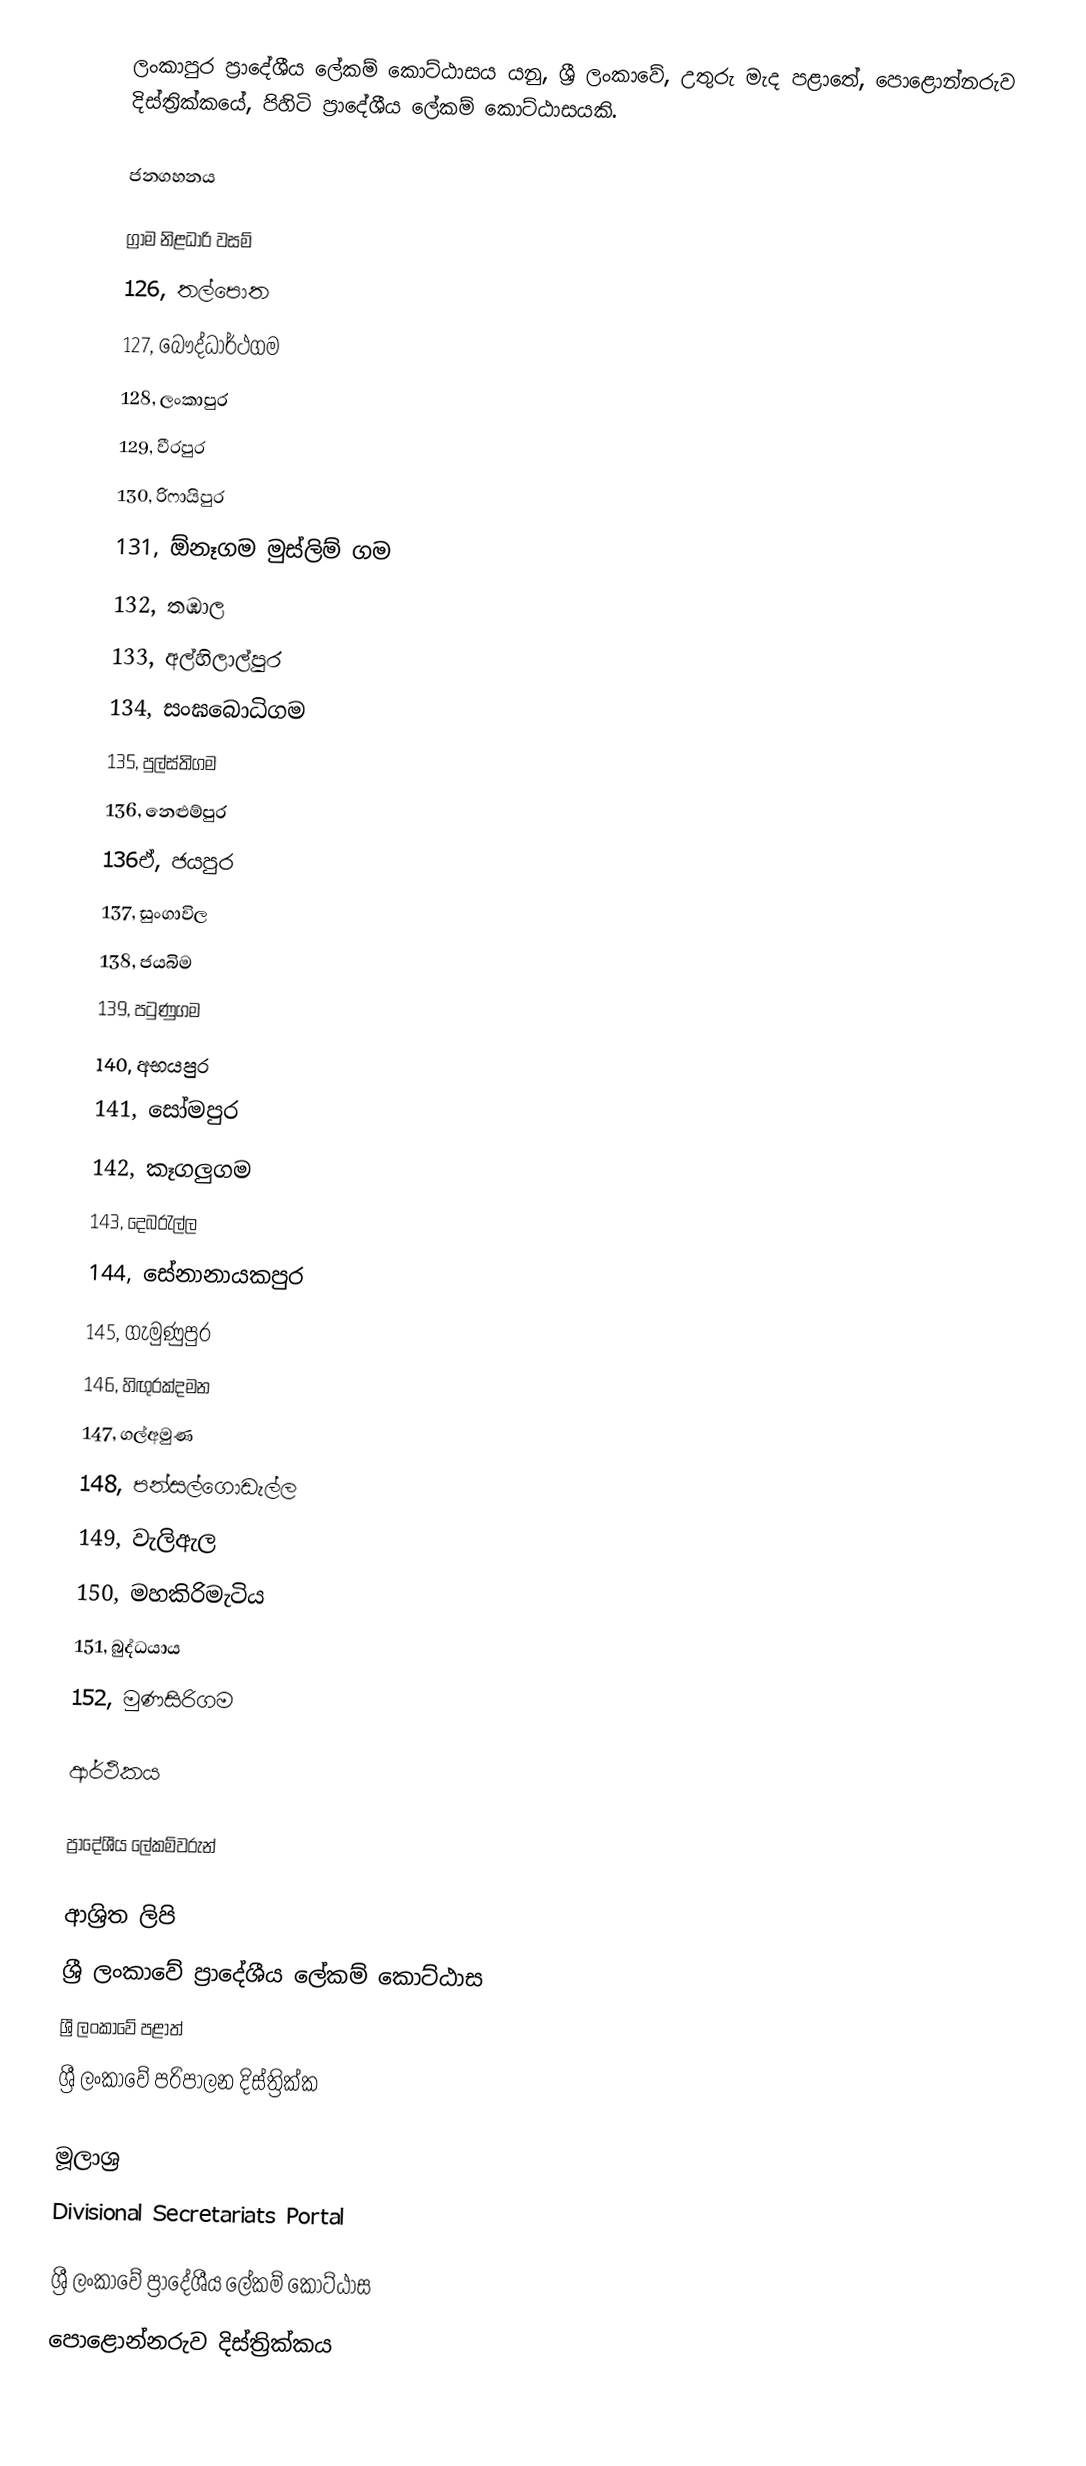
ලංකාපුර ප්‍රාදේශීය ලේකම් කොට්ඨාසය යනු,  ශ්‍රී ලංකාවේ,  උතුරු මැද පළාතේ,   පොළොන්නරුව දිස්ත්‍රික්කයේ, පිහිටි ප්‍රාදේශීය ලේකම් කොට්ඨාසයකි.

ජනගහනය

ග්‍රාම නිළධාරි වසම්
126, තල්පොත
127, බෞද්ධාර්ථගම
128, ලංකාපුර
129, වීරපුර
130, රිෆායිපුර
131, ඕනෑගම මුස්ලිම් ගම
132, තඹාල
133, අල්හිලාල්පුර
134, සංඝබොධිගම
135, පුල්ස්තිගම
136, නෙළුම්පුර
136ඒ, ජයපුර
137, සුංගාවිල
138, ජයබිම
139, පටුණුගම
140, අභයපුර
141, සෝමපුර
142, කෑගලුගම
143, දෙබරැල්ල
144, සේනානායකපුර
145, ගැමුණුපුර
146, හිඟුරක්දමන
147, ගල්අමුණ
148, පන්සල්ගොඩැල්ල
149, වැලිඇල
150, මහකිරිමැටිය
151, බුද්ධයාය
152, මුණසිරිගම

ආර්ථිකය

ප්‍රාදේශීය ලේකම්වරුන්

ආශ්‍රිත ලිපි
ශ්‍රී ලංකාවේ ප්‍රාදේශීය ලේකම් කොට්ඨාස
ශ්‍රී ලංකාවේ පළාත්
ශ්‍රී ලංකාවේ පරිපාලන දිස්ත්‍රික්ක

මූලාශ්‍ර
 Divisional Secretariats Portal

ශ්‍රී ලංකාවේ ප්‍රාදේශීය ලේකම් කොට්ඨාස
පොළොන්නරුව දිස්ත්‍රික්කය